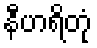
နီဟရိတုံ